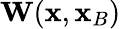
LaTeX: {\mathbf W}({\mathbf x},{\mathbf x}_{B})